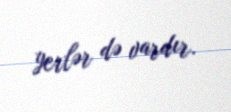
yerlər də vardır.